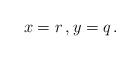
LaTeX: \begin{align*}x=r\,, y=q\,.\end{align*}